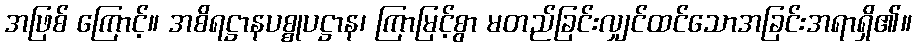
အဖြစ် ကြောင့်။ အစိရဋ္ဌာနပစ္စုပဋ္ဌာန၊ ကြာမြင့်စွာ မတည်ခြင်းလျှင်ထင်သောအခြင်းအရာရှိ၏။